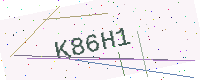
Text: K86H1